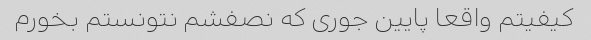
کیفیتم واقعا پایین جوری که نصفشم نتونستم بخورم